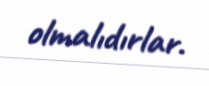
olmalıdırlar.